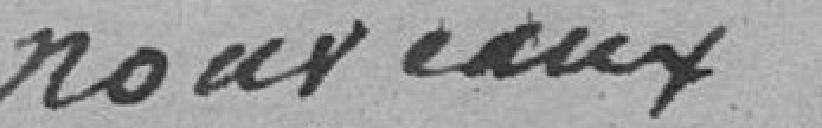
nouveaux :